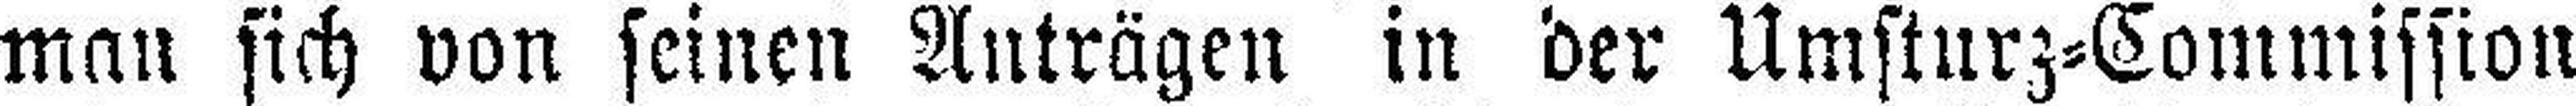
man sich von seinen Anträgen in der Umsturz=Commission